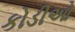
કોડીઓ